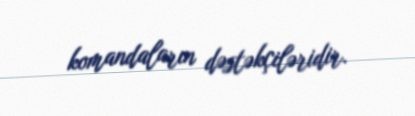
komandaların dəstəkçiləridir.